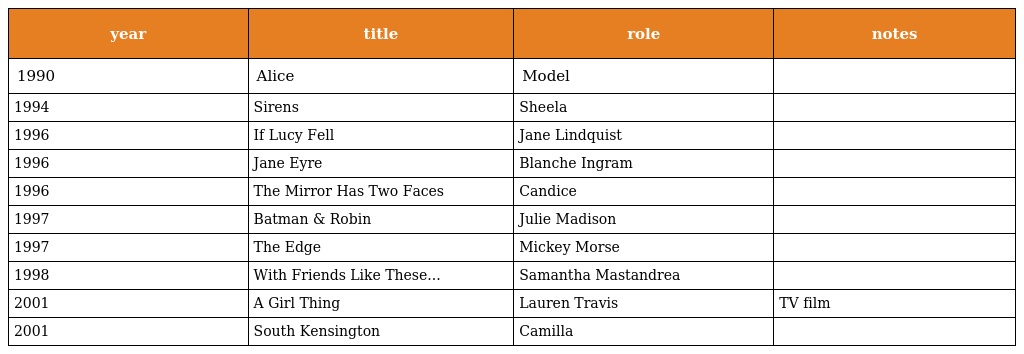
| year | title | role | notes |
 | --- | --- | --- | --- |
 | 1990 | Alice | Model |  |
 | 1994 | Sirens | Sheela |  |
 | 1996 | If Lucy Fell | Jane Lindquist |  |
 | 1996 | Jane Eyre | Blanche Ingram |  |
 | 1996 | The Mirror Has Two Faces | Candice |  |
 | 1997 | Batman & Robin | Julie Madison |  |
 | 1997 | The Edge | Mickey Morse |  |
 | 1998 | With Friends Like These... | Samantha Mastandrea |  |
 | 2001 | A Girl Thing | Lauren Travis | TV film |
 | 2001 | South Kensington | Camilla |  |